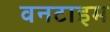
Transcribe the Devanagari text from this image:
वनटाइम